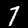
Label: 7